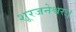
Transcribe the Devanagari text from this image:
शूरजनेश्वरः।